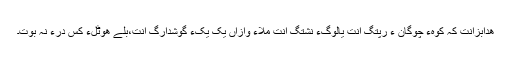
ھُدابزانت کہ کوہءَ چوگان ءَ رَپتگ اَنت یالوگءَ نَشتگ اَنت مُلاءِ وازاں یک یکءَ گوشدارگ اَنت،بلے ھوٹلءَ کَس دَرءَ نہ بوت۔